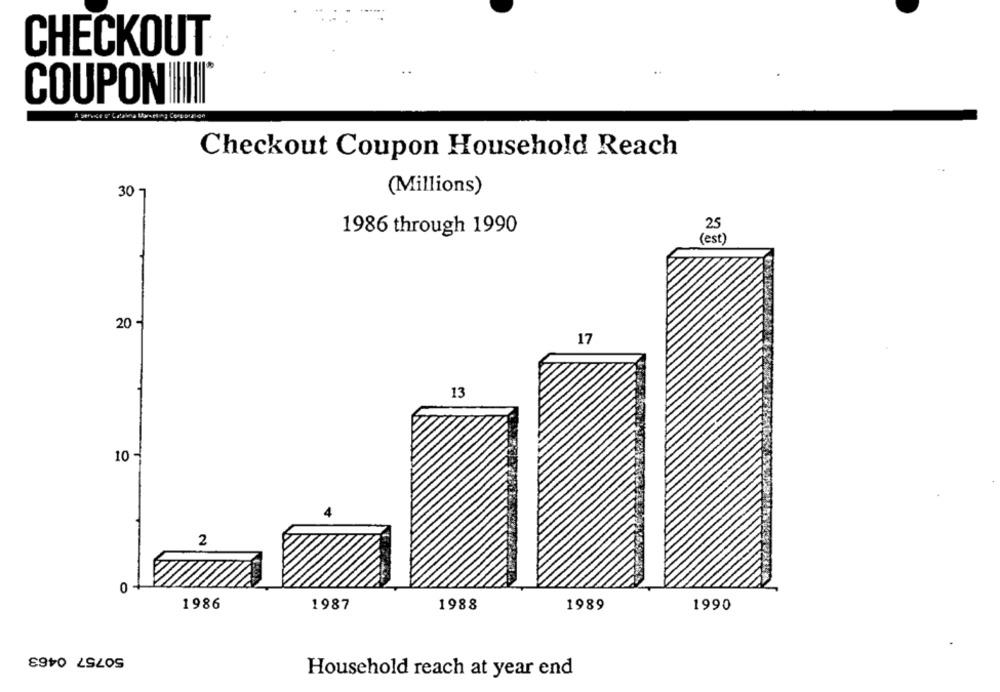
CHECKOUT
COUPON II
Checkout Coupon Household Reach
30 -
(Millions)
25
1986 through 1990
(est)
20 -
17
13
10 -
2
0
1986
1987
1988
1989
1990
50757 0463
Household reach at year end